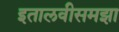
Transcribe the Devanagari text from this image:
इतालवीसमझा